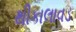
થીકાલાવડ